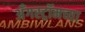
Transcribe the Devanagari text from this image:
अँगस्ट्रॉमच्या